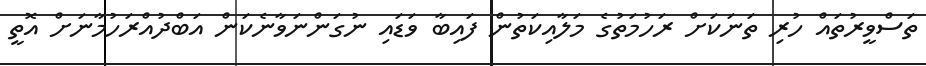
ތަސްވީރުތައް ހުރި ތަނަކަށް ރަހުމަތުގެ މަލާއިކަތުން ފައިބާ ވަޑައި ނުގަންނަވާނެކަން އަބްދުއްރަހުމާނަށް އޮތީ